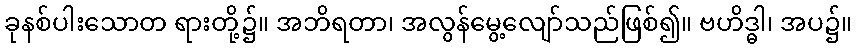
ခုနစ်ပါးသောတ ရားတို့၌။ အဘိရတာ၊ အလွန်မွေ့လျော်သည်ဖြစ်၍။ ဗဟိဒ္ဓါ၊ အပ၌။